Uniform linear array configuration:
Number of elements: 24
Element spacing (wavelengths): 0.75
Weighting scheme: hamming
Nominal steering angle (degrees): -15
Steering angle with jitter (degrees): -14.649
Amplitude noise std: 0.05
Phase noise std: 0.05

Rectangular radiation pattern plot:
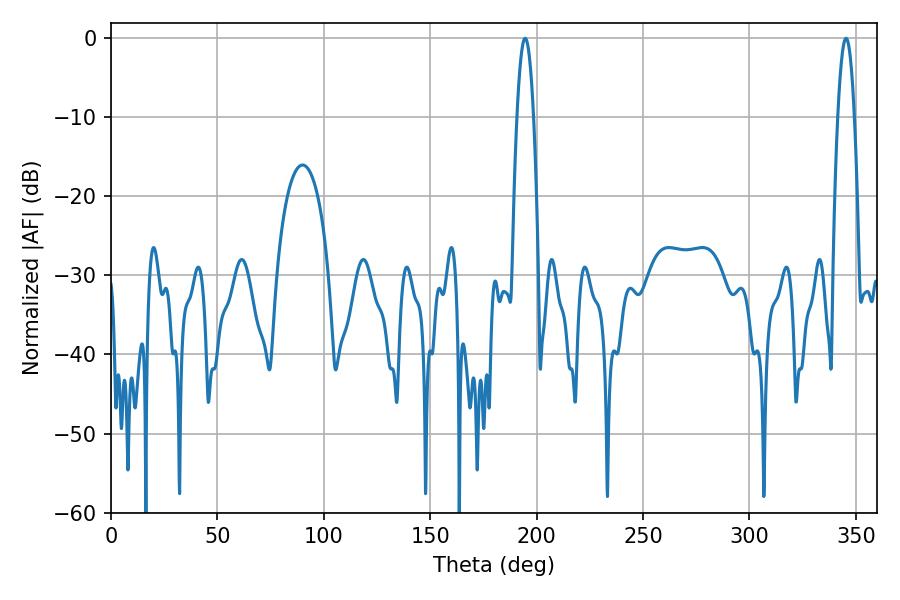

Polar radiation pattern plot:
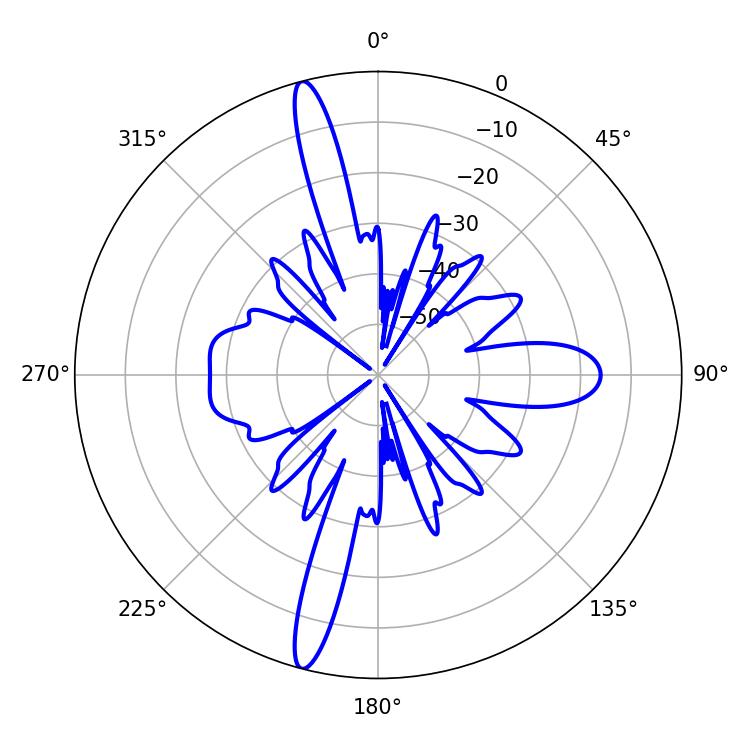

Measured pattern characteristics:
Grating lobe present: TRUE
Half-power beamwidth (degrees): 4.32
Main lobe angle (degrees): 194.58